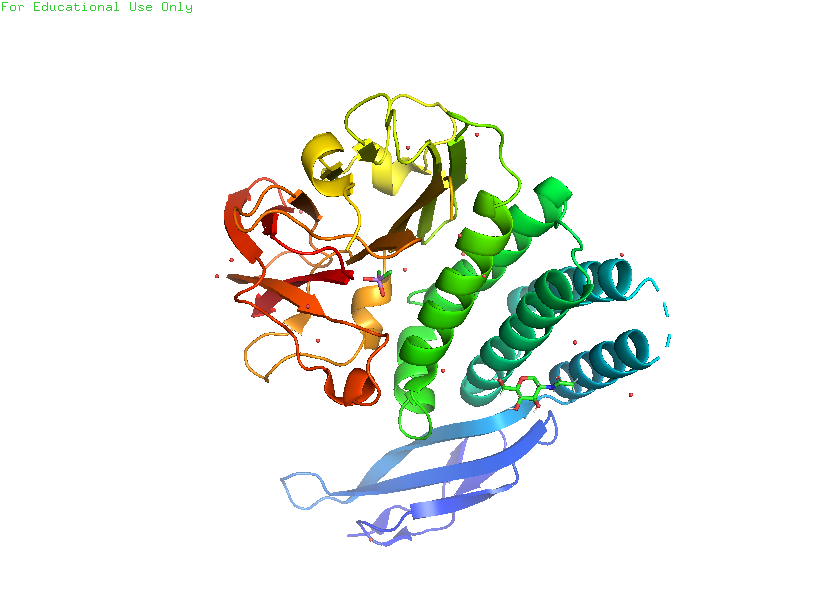
pymol, preset, pretty_solv